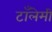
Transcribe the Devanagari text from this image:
टाँलेमी